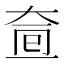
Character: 𡘟